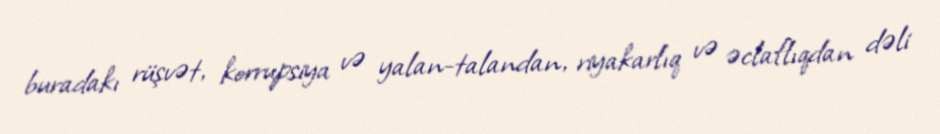
buradakı rüşvət, korrupsiya və yalan-talandan, riyakarlıq və əclaflıqdan dəli